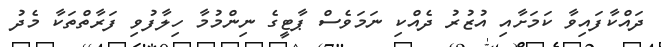
ދައްކާފައިވާ ކަމަށާއި އުޒުރު ދެއްކި ނަމަވެސް ޕާޓީގެ ނިންމުމާ ހިލާފުވި ފަރާތްތަކާ މެދު